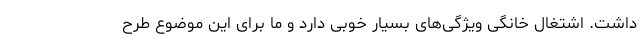
داشت. اشتغال خانگی ویژگی‌های بسیار خوبی دارد و ما برای این موضوع طرح